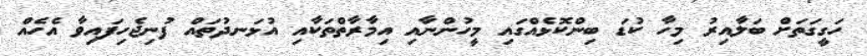
ހަގީގަތަށް ބަލާއިރު މިހާ ކުޑަ ބިންކޮޅެއްގައި މީހުންނާއި އިމާރާތްތަކާއި އުޅަނދުތައް ފުނިޖެހިފައިވާ އެެހެއް